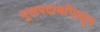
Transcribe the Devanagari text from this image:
मूलपदार्थांपासून